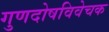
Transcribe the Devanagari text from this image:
गुणदोषविवेचक